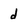
Character: d